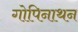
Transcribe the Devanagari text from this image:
गोपिनाथन